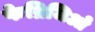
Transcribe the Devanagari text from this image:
फेब्रिजिओ